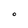
Character: O